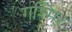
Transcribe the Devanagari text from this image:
गश्मिर